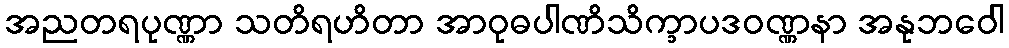
အညတရပုဏ္ဏာ သတိရဟိတာ အာဝုဓပါဏိသိက္ခာပဒဝဏ္ဏနာ အနုဘဝေါ